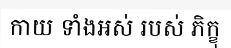
កាយ ទាំងអស់ របស់ ភិក្ខុ